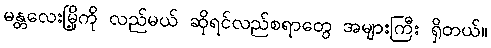
မန္တလေးမြို့ကို လည်မယ် ဆိုရင်လည်စရာတွေ အများကြီး ရှိတယ်။